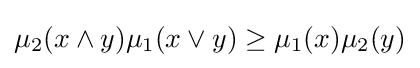
\mu _{2}(x\wedge y)\mu _{1}(x\vee y)\geq \mu _{1}(x)\mu _{2}(y)